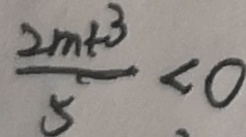
\frac { 2 m + 3 } { 5 } < 0